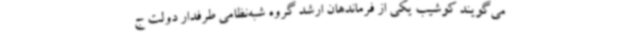
می‌گویند کوشیب یکی از فرماندهان ارشد گروه شبه‌نظامی طرفدار دولت ج